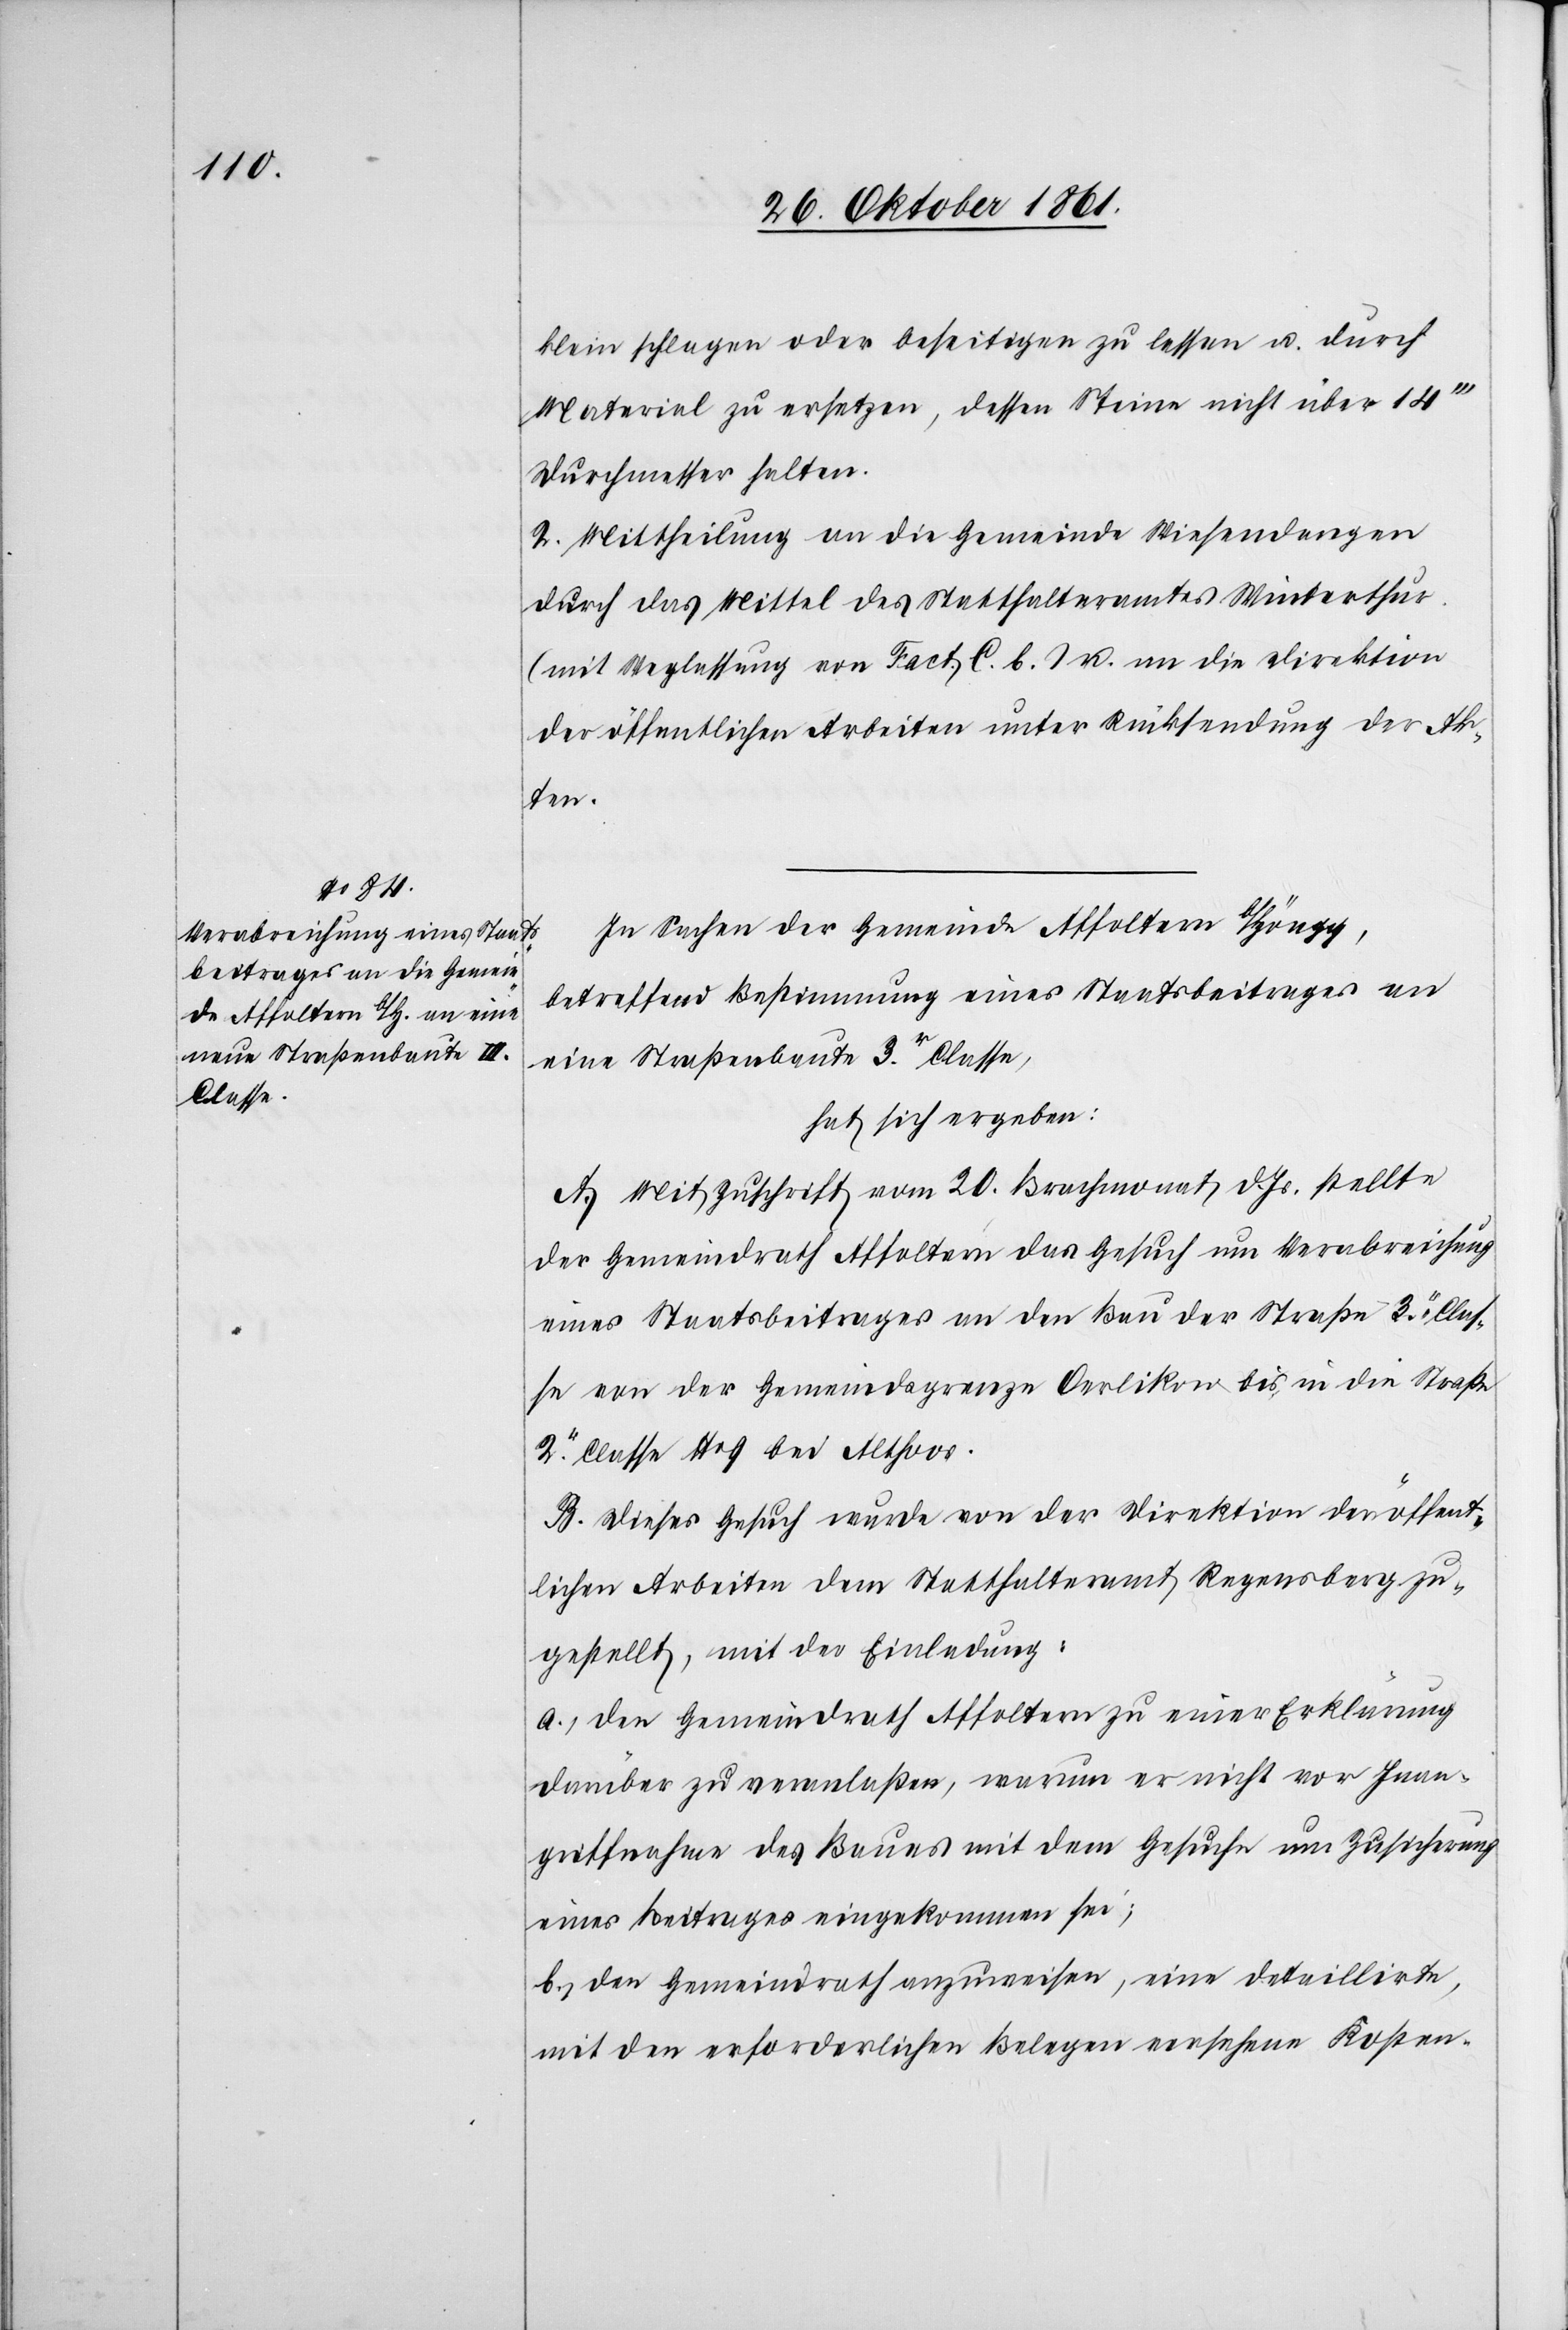
klein schlagen oder beseitigen zu lassen u. durch
Material zu ersetzen, dessen Steine nicht über 14‘‘‘
Durchmesser halten.
2. Mittheilung an die Gemeinde Wiesendangen
durch das Mittel des Statthalteramtes Winterthur.
(mit Weglassung von Fact. C. b.) u. an die Direktion
der öffentlichen Arbeiten unter Rücksendung der Ak¬
ten.
In Sachen der Gemeinde Affoltern b/Höngg,
betreffend Bestimmung eines Staatsbeitrages an
eine Straßenbaute 3r Classe,
hat sich ergeben:
A. Mit Zuschrift vom 20 Brachmonat d. Js. stellte
der Gemeindrath Affoltern das Gesuch um Verabreichung
eines Staatsbeitrages an den Bau der Straße 3r Clas¬
se an der Gemeindsgrenze Oerlikon bis in die Straße
2r Classe N° 9 bei Althoos.
B. Dieses Gesuch wurde von der Direktion der öffent¬
lichen Arbeiten dem Statthalteramt Regensberg zu¬
gestellt, mit der Einladung:
a., den Gemeindrath Affoltern zu einer Erklärung
darüber zu veranlaßen, warum er nicht vor Inan¬
griffnahme des Baues mit dem Gesuch um Zusicherung
eines Beitrages eingekommen sei;
b, den Gemeindrath anzuweisen, eine detaillirte,
mit den erforderlichen Belegen versehene Kosten-